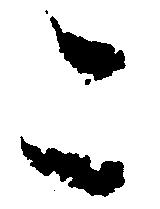
こ